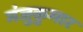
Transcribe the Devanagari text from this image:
मंजुकुमार